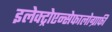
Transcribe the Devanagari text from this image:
इलेक्ट्रोएन्सेफालोग्राफी